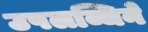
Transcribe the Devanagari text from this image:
उपलब्धिने